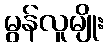
မွန်လူမျိုး